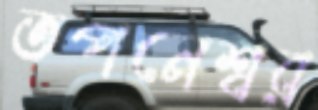
তপনেশ্বর